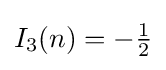
I_{3}(n)=-{\tfrac {1}{2}}